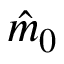
\hat { m } _ { 0 }